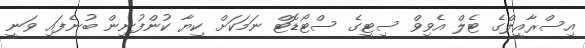
އިސްރާއީލްގެ ޓެލް އެވިވް ސިޓީގެ ސްޓޯޑޮޓް ނަމަކަށް ކިޔާ ކުންފުނިން ބުނެފައި ވަނީ